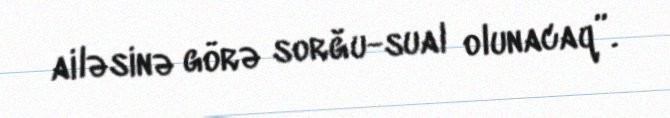
ailəsinə görə sorğu-sual olunacaq”.